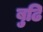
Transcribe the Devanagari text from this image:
बुढि